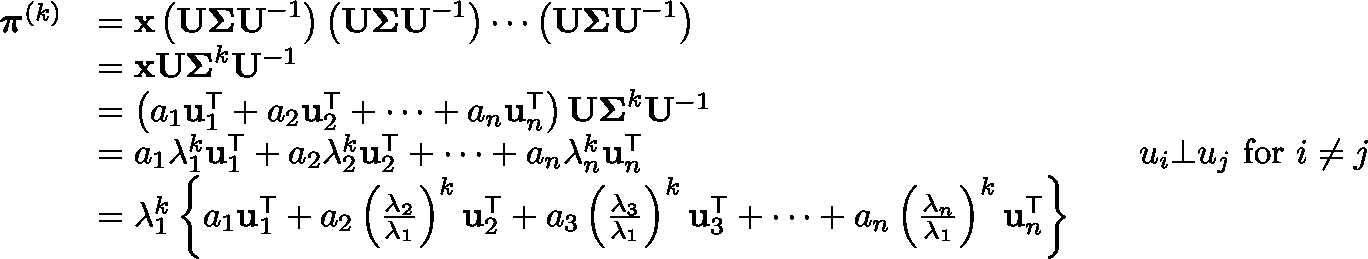
{ \begin{array} { r l r l } { { \boldsymbol { \pi } } ^ { ( k ) } } & { = \mathbf { x } \left( \mathbf { U \Sigma U } ^ { - 1 } \right) \left( \mathbf { U \Sigma U } ^ { - 1 } \right) \cdots \left( \mathbf { U \Sigma U } ^ { - 1 } \right) } \\ & { = \mathbf { x U \Sigma } ^ { k } \mathbf { U } ^ { - 1 } } \\ & { = \left( a _ { 1 } \mathbf { u } _ { 1 } ^ { \mathsf { T } } + a _ { 2 } \mathbf { u } _ { 2 } ^ { \mathsf { T } } + \cdots + a _ { n } \mathbf { u } _ { n } ^ { \mathsf { T } } \right) \mathbf { U \Sigma } ^ { k } \mathbf { U } ^ { - 1 } } \\ & { = a _ { 1 } \lambda _ { 1 } ^ { k } \mathbf { u } _ { 1 } ^ { \mathsf { T } } + a _ { 2 } \lambda _ { 2 } ^ { k } \mathbf { u } _ { 2 } ^ { \mathsf { T } } + \cdots + a _ { n } \lambda _ { n } ^ { k } \mathbf { u } _ { n } ^ { \mathsf { T } } } & & { u _ { i } \bot u _ { j } { \mathrm { ~ f o r ~ } } i \neq j } \\ & { = \lambda _ { 1 } ^ { k } \left\{ a _ { 1 } \mathbf { u } _ { 1 } ^ { \mathsf { T } } + a _ { 2 } \left( { \frac { \lambda _ { 2 } } { \lambda _ { 1 } } } \right) ^ { k } \mathbf { u } _ { 2 } ^ { \mathsf { T } } + a _ { 3 } \left( { \frac { \lambda _ { 3 } } { \lambda _ { 1 } } } \right) ^ { k } \mathbf { u } _ { 3 } ^ { \mathsf { T } } + \cdots + a _ { n } \left( { \frac { \lambda _ { n } } { \lambda _ { 1 } } } \right) ^ { k } \mathbf { u } _ { n } ^ { \mathsf { T } } \right\} } \end{array} }